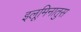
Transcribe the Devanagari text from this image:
इलूमिनातुस